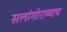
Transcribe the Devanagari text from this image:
सलांगोराच्याच